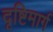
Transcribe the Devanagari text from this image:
दृष्टिमार्ग